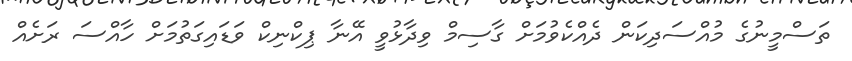
ތަސްމީނުގެ މުއްސަދިކަން ދެއްކެވުމަށް ގާސިމް ވިދާޅުވީ އޭނާ ޕިކްނިކް ވަޑައިގަތުމަށް ހާއްސަ ރަށެއް